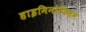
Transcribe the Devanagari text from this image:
हाइमिनोफिलम